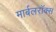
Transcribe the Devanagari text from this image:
मार्बलरॉक्स